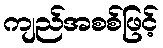
ကျည်အစစ်ဖြင့်